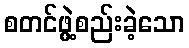
စတင်ဖွဲ့စည်းခဲ့သော